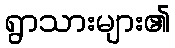
ရွာသားများ၏